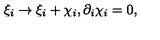
\xi _ { i } \to \xi _ { i } + \chi _ { i } , \partial _ { i } \chi _ { i } = 0 ,